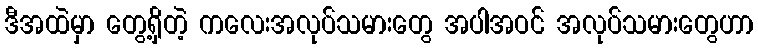
ဒီအထဲမှာ တွေ့ရှိတဲ့ ကလေးအလုပ်သမားတွေ အပါအဝင် အလုပ်သမားတွေဟာ